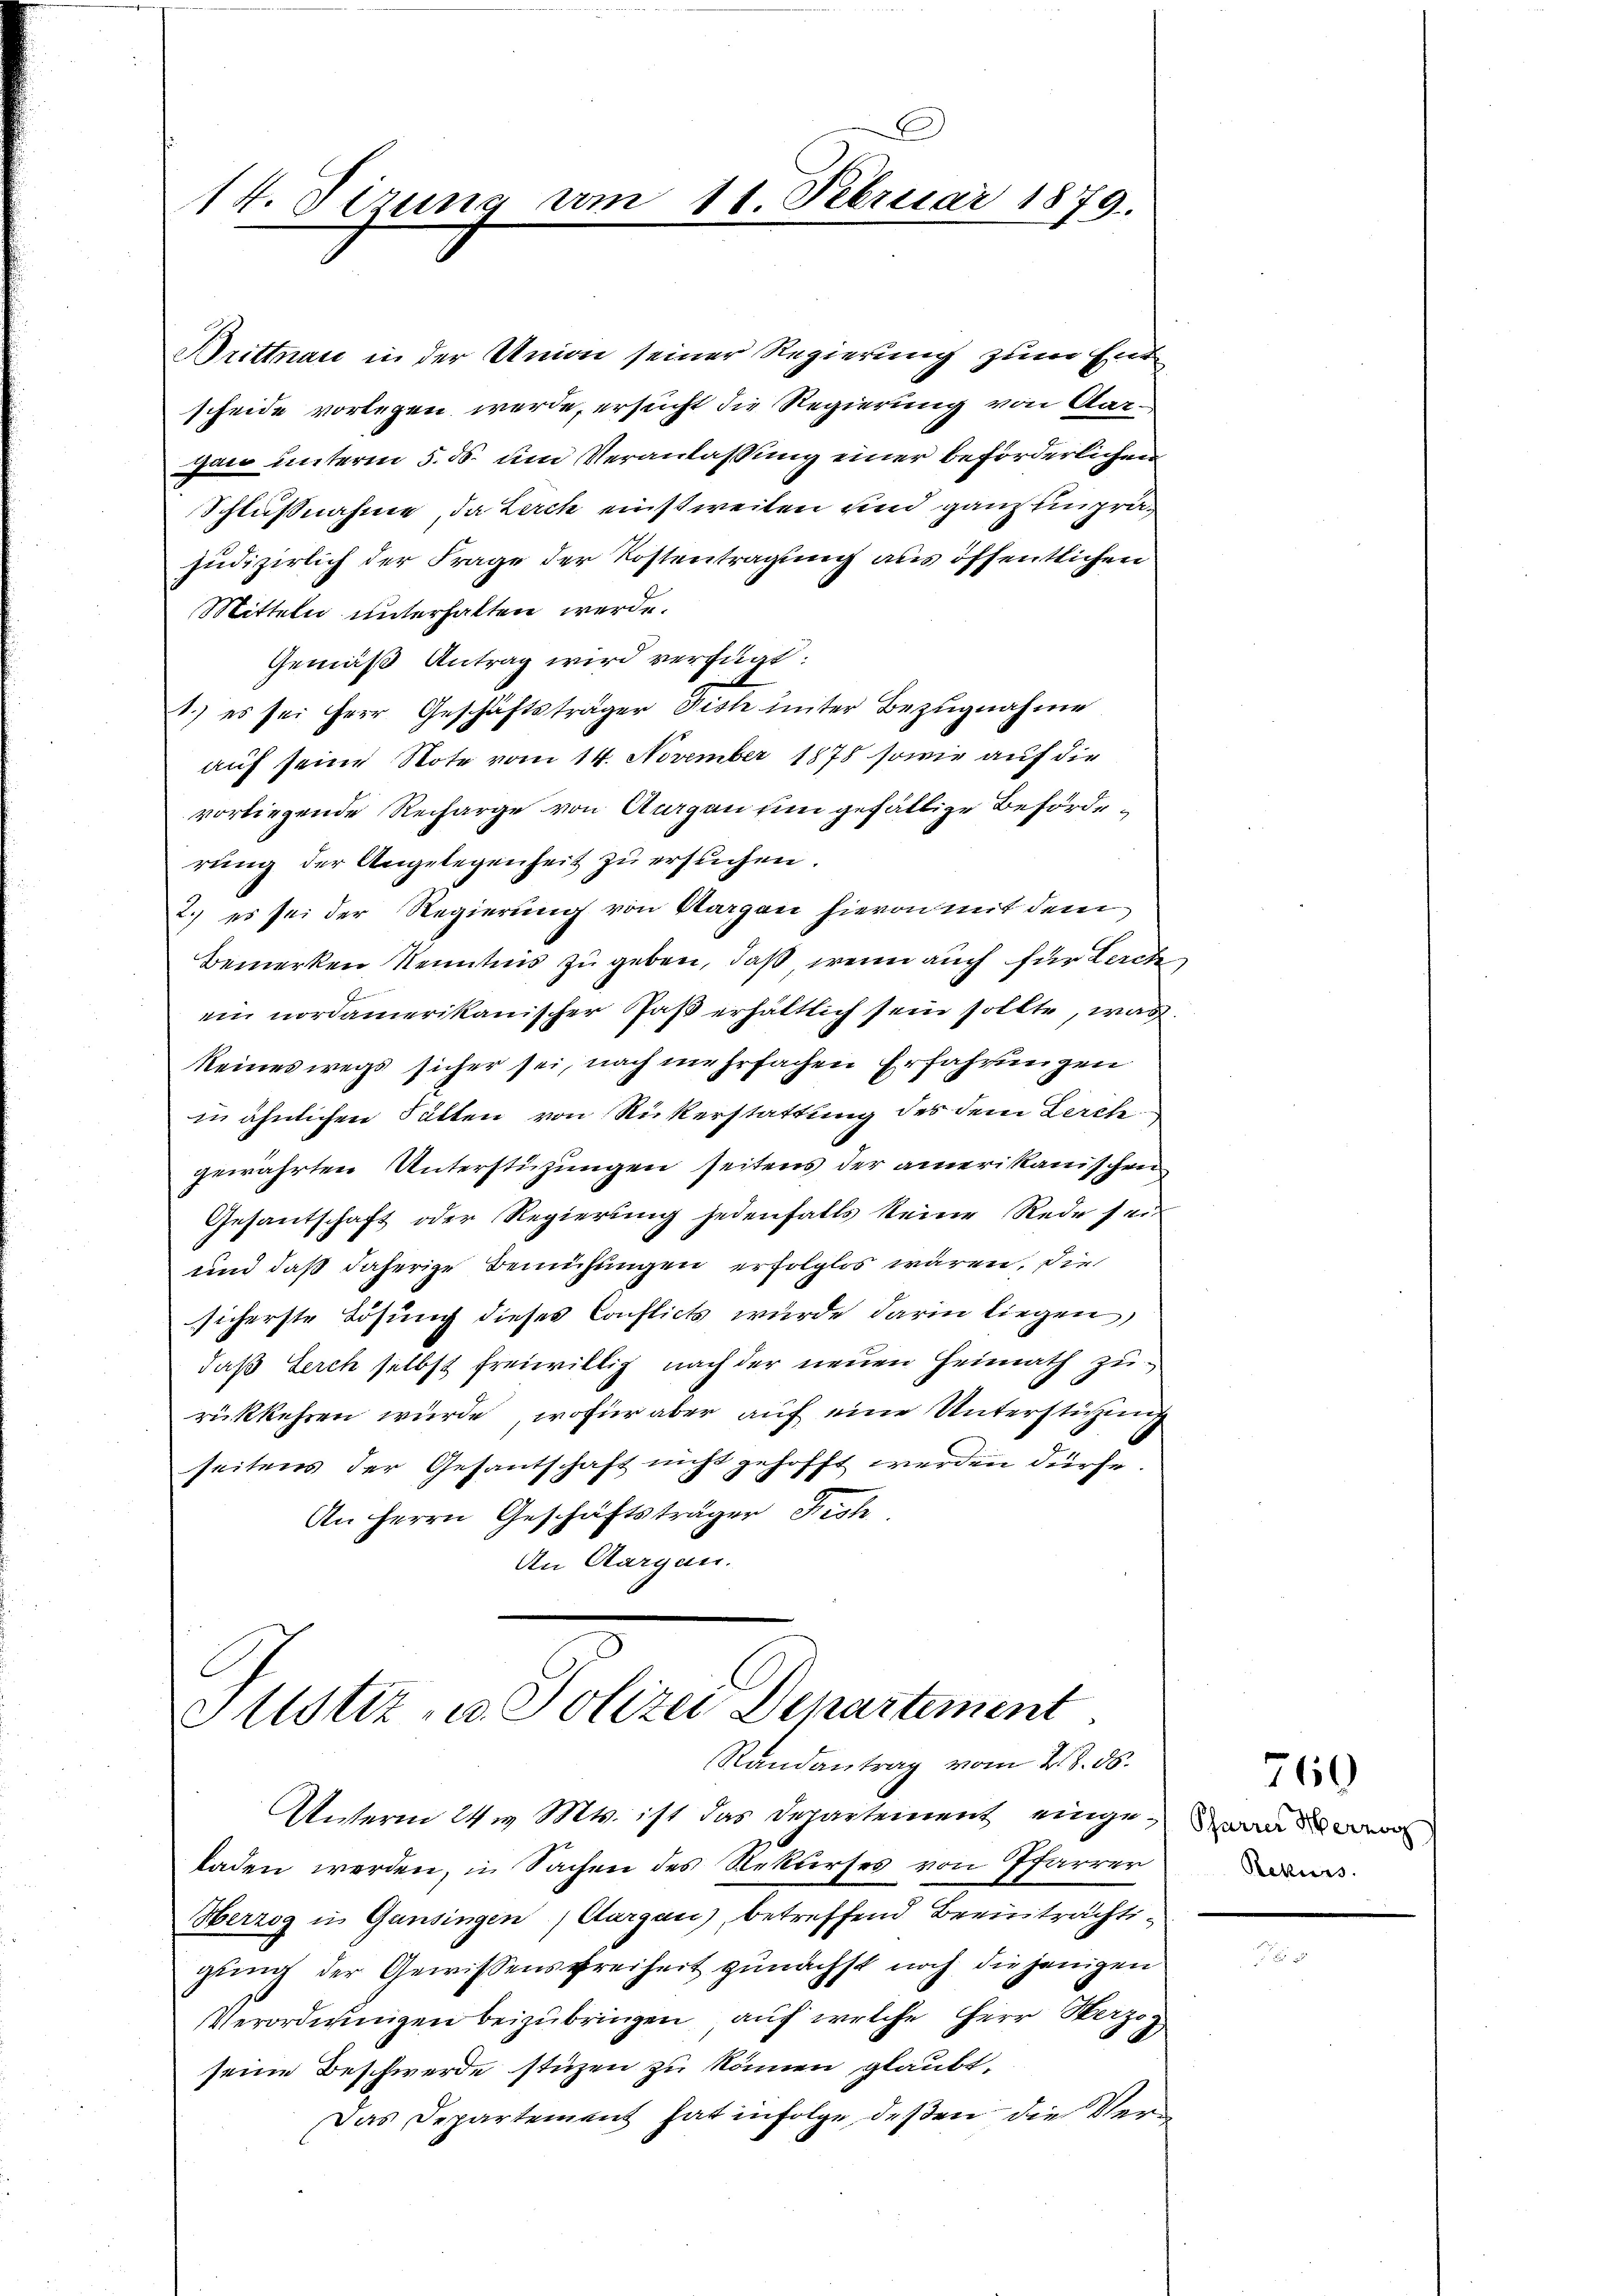
14. dirung vom

Drittnau in der Union seiner Regierung zum Ent
scheide vorlegen werde, ersucht die Regierung von Aargan unterm 5. ds. um Veranlassung einer beförderlichen
Schlußnahme, da Lerch einstweilen und ganz einpräjudizierlich der Frage der Kostentragung aus öffentlichen
Mitteln unterhalten werde.
Gemäß Antrag wird verfügt:
1.) es sei Herr Geschäftsträger Fisch unter Bezugnahme
auf seine Note vom 14. November 1878 sowie auf die
vorliegende Recharge von Aargau um gefällige Beförderung der Angelegenheit zu ersuchen.
2.) es sei der Regierung von Aargau hievon mit dem
Bemerken Kenntnis zu geben, daß wenn auch für Lache
ein nordamerikanischer Paß erhältlich sein sollte, was
keineswegs sicher sei, nach mehrfachen Erfahrungen
in ähnlichen Fällen von Rückerstattung des dem Lerch
gewährten Unterstüzungen seitens der amerikanischen
Gesantschaft oder Regierung jedenfalls keine Rede sei
und daß daherige Bemühungen erfolglos wären, die
sicherste Lösung dieses Conflict wurde darin liegen,
daß Lerch selbst freiwillig nach der neuen Heimath zurükkehren würde, wofür aber auf eine Unterstützung
seitens der Gesantschaft nicht gehofft werden dürfe
An Herrn Geschäftsträger Fech
An Aargau.
Justiz- u. Polizei Departement

11. Februar 1879.

Randantrag vom 28. 86.

Unterm 24. Mts. ist das Departement eingewand
laden werden, in Sachen des Rekurses von Pfarrer
Herzog in Gansingen, Aargau), betreffend Beeinträchtigung der Gewissensfreiheit zunächst noch diejenigen
Verordnungen beizubringen, auf welche herr Herzog
seine Beschwerde stüzen zu können glaubt,
Das Departement hat infolge deßen die Ver¬

Rekurs

760